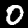
Label: 0